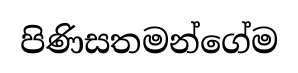
පිණිසතමන්ගේම